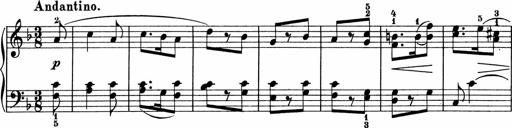
Title: 5 Sonatinen fÃ¼r die Jugend
Composer: Carl Reinecke